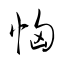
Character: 恟